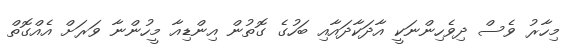
މިހާރު ވެސް ދިވެހިންނަކީ އާދަކާދައާއި ބަހުގެ ގޮތުން އިންޑިއާ މީހުންނާ ވަރަށް އެއްގޮތް